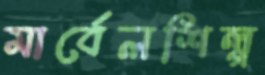
মার্বেলশিল্প